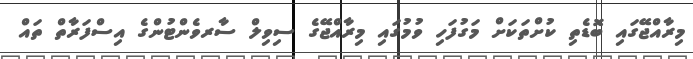
މިރާއްޖޭގައި ބޮޑެތި ކުށްތަކަށް މަގުފަހި ވުމުގައި މިރާއްޖޭގެ ސިވިލް ސާރވެންޓުންގެ އިސްފަރާތް ތައް